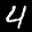
Label: 4